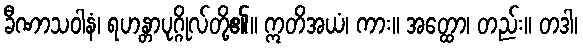
ခီဏာသဝါနံ၊ ရဟန္တာပုဂ္ဂိုလ်တို့၏။ ဣတိအယံ၊ ကား။ အတ္ထော၊ တည်း။ တဒါ၊